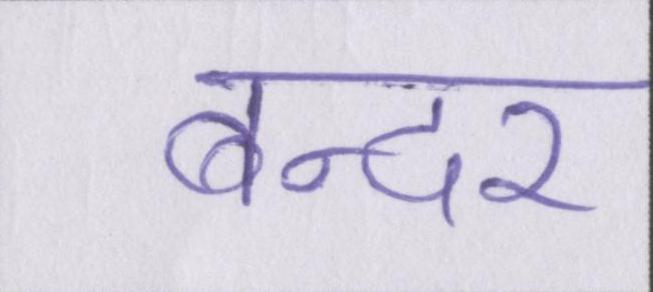
बन्दर